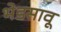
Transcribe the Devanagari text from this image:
भेडसावू